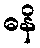
ဓနိ